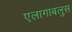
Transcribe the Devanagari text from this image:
एलागाबलुस